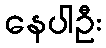
နေပါဦး